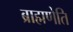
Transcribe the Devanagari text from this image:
ब्राह्मणेति